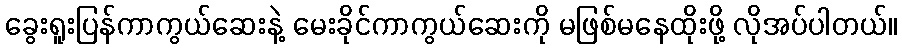
ခွေးရူးပြန်ကာကွယ်ဆေးနဲ့ မေးခိုင်ကာကွယ်ဆေးကို မဖြစ်မနေထိုးဖို့ လိုအပ်ပါတယ်။